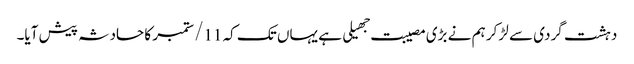
دہشت گردی سے لڑ کر ہم نے بڑی مصیبت جهیلی ہے یہاں تک کہ 11/ ستمبر کا حادثہ پیش آیا۔